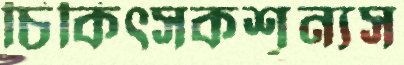
চিকিত্সকশূন্যস